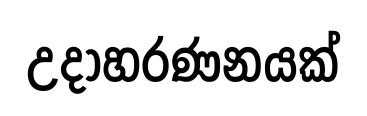
උදාහරණනයක්